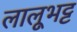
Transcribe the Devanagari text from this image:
लालूभट्ट